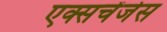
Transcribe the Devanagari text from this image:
एक्सचेंजेस